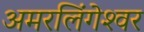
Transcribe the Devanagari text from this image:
अमरलिंगेश्‍वर